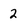
Character: 2